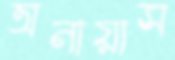
অনায়াস